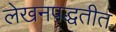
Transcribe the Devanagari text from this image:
लेखनपद्धतीत